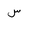
Letter: _sin